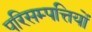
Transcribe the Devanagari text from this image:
परिसम्‍पत्तियों